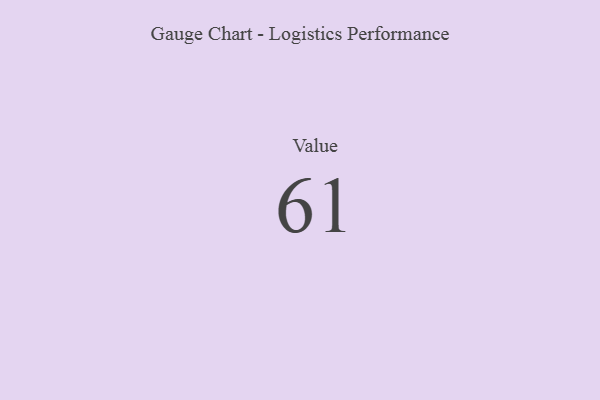
{"axis": {"x": "Metric", "y": "Value"}, "legend": [""], "data": [{"x": "Value", "y": 61, "type": ""}]}